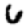
Digit: 6